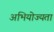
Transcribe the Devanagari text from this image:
अभियोज्यता